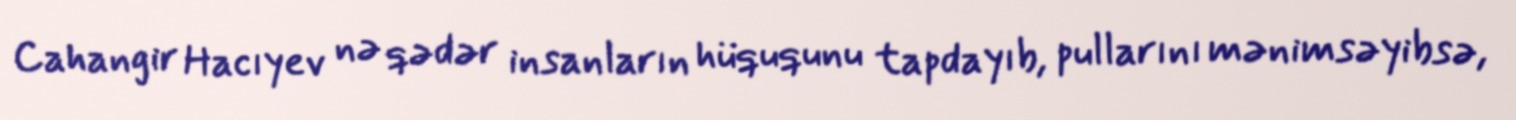
Cahangir Hacıyev nə qədər insanların hüququnu tapdayıb, pullarını mənimsəyibsə,